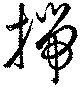
揣